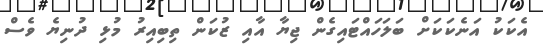
އެކަކު އަނެކަކަށް ބަލަހައްޓައިގެން ޖިޔާ އާއި ޒުކަން ތިބިއިރު މުޅި ދުނިޔެ ވެސް